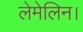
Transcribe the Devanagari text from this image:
लेमेलिन।